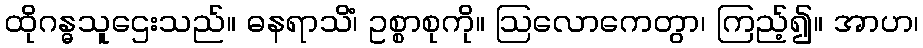
ထိုဂန္ဓသူဌေးသည်။ ဓနရာသိံ၊ ဥစ္စာစုကို။ ဩလောကေတွာ၊ ကြည့်၍။ အာဟ၊